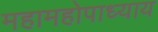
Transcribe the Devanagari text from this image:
महामहोपाध्‍याय